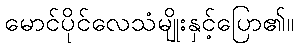
မောင်ပိုင်လေသံမျိုးနှင့်ပြော၏။